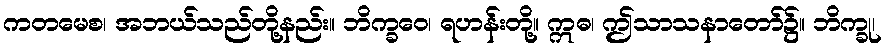
ကတမေစ၊ အဘယ်သည်တို့နည်း။ ဘိက္ခဝေ၊ ရဟန်းတို့။ ဣဓ၊ ဤသာသနာတော်၌။ ဘိက္ခု၊